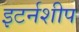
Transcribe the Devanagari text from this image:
इटर्नशीप